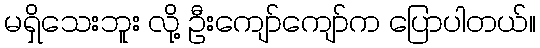
မရှိသေးဘူး လို့ ဦးကျော်ကျော်က ပြောပါတယ်။